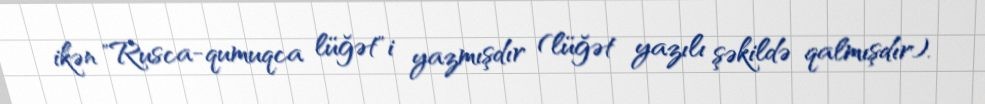
ikən "Rusca-qumuqca lüğət"i yazmışdır (lüğət yazılı şəkildə qalmışdır).